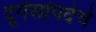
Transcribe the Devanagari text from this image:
दूर्गसांपदेचे